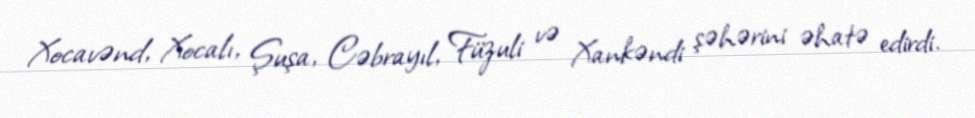
Xocavənd, Xocalı, Şuşa, Cəbrayıl, Füzuli və Xankəndi şəhərini əhatə edirdi.